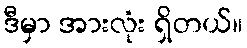
ဒီမှာ အားလုံး ရှိတယ်။